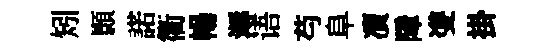
矧顥諾衢暢溽语芍阜凟障㕠掛